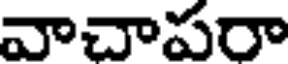
వాచాపరా